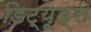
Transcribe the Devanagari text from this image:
डिट्यूड्स